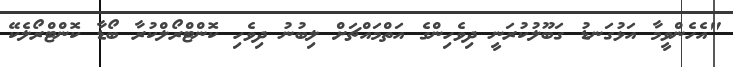
"އެހެންވީމާ އަޅުގަނޑު ގަބޫލުކުރަނީ ދިވެހިންގެ އަތްމައްޗަށް ލިބުނު ދިވެހި ކޮންޓްރޯލްކުރާ ބޯޑާ ކޮންޓްރޯލެކޭ